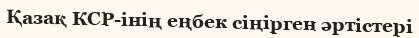
Қазақ КСР-інің еңбек сіңірген әртістері